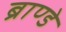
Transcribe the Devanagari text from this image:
ब्राण्डे